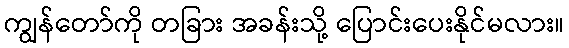
ကျွန်တော်ကို တခြား အခန်းသို့ ပြောင်းပေးနိုင်မလား။